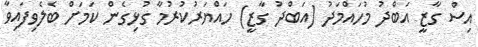
އިސް ގާޒީ އަބްދު މުހައްމަދު (އަބްދު ގާޒީ) ހައްޔަރުކުރުމާ ގުޅިގެން ކަަމަށް ބެލެވިފައިވާ